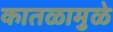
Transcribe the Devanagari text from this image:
कातळामुळे